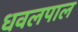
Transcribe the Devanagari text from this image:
धवलपाल